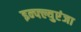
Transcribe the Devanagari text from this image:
इन्फ्ल्युएंजा